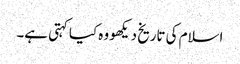
اسلام کی تاریخ دیکھو وہ کیا کہتی ہے۔